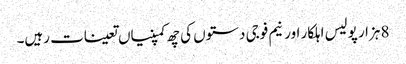
8 ہزار پولیس اہلکار اور نیم فوجی دستوں کی چھ کمپنیاں تعینات رہیں۔